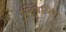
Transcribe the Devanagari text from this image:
स्टिपलिंग